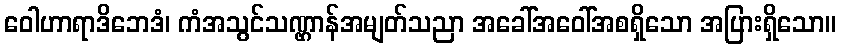
ဝေါဟာရာဒိဘေဒံ၊ ကံအသွင်သဏ္ဌာန်အမျတ်သညာ အခေါ်အဝေါ်အစရှိသော အပြားရှိသော။